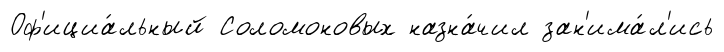
Оф'ициа́льный Соломоновых назна́чил зан'има́л'ись